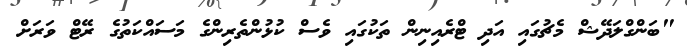
"ބަންގްލަދޭޝް މެޗުގައި އަދި ޓްރެއިނިން ތަކުގައި ވެސް ކުޅުންތެރިންގެ މަސައްކަތުގެ ރޭޓް ވަރަށް